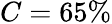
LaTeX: C=65\%